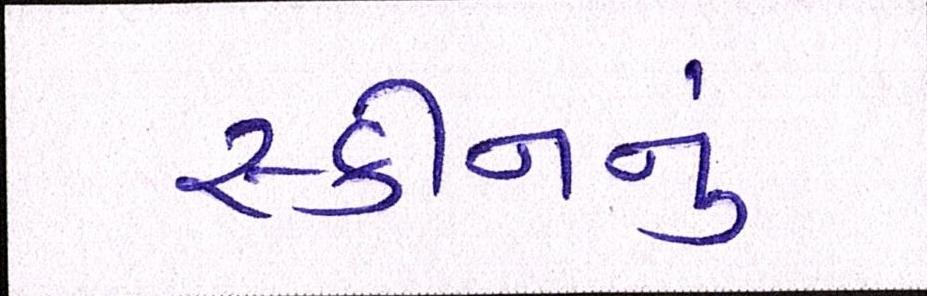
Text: સ્કીનનું